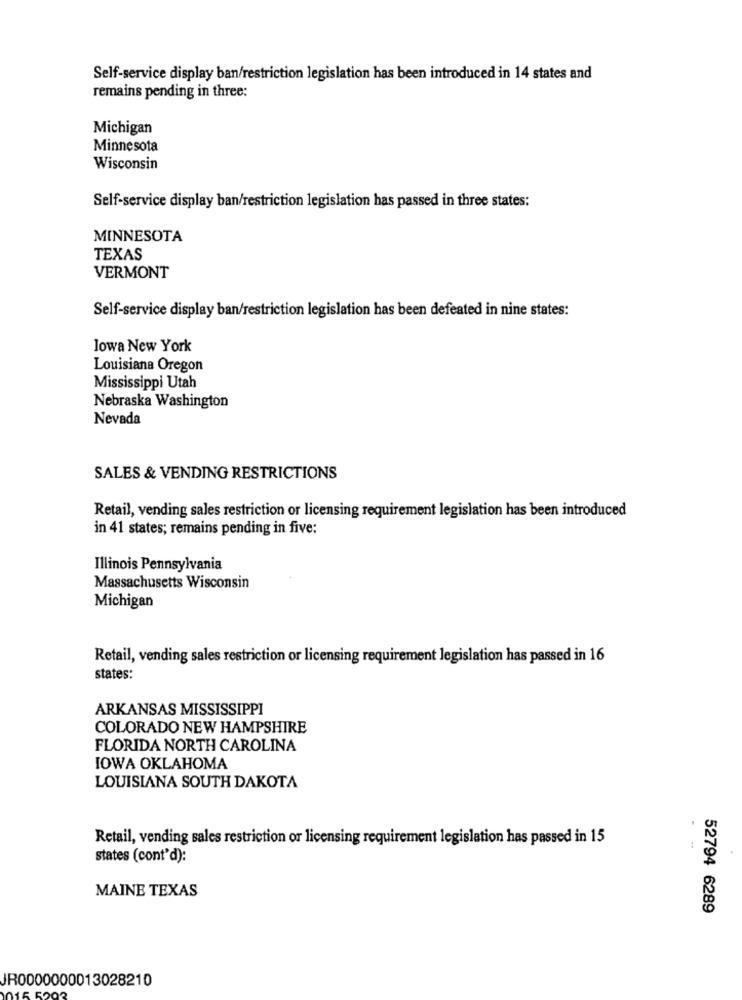
Self-service display ban/restriction legislation has been introduced in 14 states and
remains pending in three:
Michigan
Minnesota
Wisconsin
Self-service display ban/restriction legislation has passed in three states:
MINNESOTA
TEXAS
VERMONT
Self-service display ban/restriction legislation has been defeated in nine states:
lowa New York
Louisiana Oregon
Mississippi Utah
Nebraska Washington
Nevada
SALES & VENDING RESTRICTIONS
Retail, vending sales restriction or licensing requirement legislation has been introduced
in 41 states; remains pending in five:
Illinois Pennsylvania
Massachusetts Wisconsin
Michigan
Retail, vending sales restriction or licensing requirement legislation has passed in 16
states:
ARKANSAS MISSISSIPPI
COLORADO NEW HAMPSHIRE
FLORIDA NORTH CAROLINA
IOWA OKLAHOMA
LOUISIANA SOUTH DAKOTA
Retail, vending sales restriction or licensing requirement legislation has passed in 15
states (cont'd):
MAINE TEXAS
52794 6289
JR0000000013028210